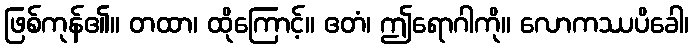
ဖြစ်ကုန်၏။ တထာ၊ ထိုကြောင့်။ ဧတံ၊ ဤရောဂါကို။ လောကဿပိခေါ၊